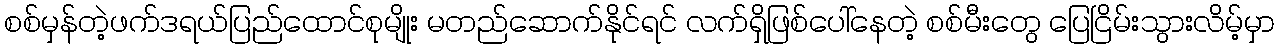
စစ်မှန်တဲ့ဖက်ဒရယ်ပြည်ထောင်စုမျိုး မတည်ဆောက်နိုင်ရင် လက်ရှိဖြစ်ပေါ်နေတဲ့ စစ်မီးတွေ ပြေငြိမ်းသွားလိမ့်မှာ